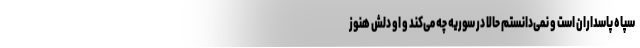
سپاه پاسداران است و نمی‌دانستم حالا در سوریه چه می‌کند و او دلش هنوز